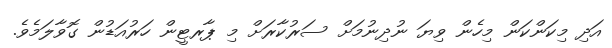
އަދި މިކަންކަން މިހެން ވިޔަ ނުދިނުމަށް ސަރުކާރަށް މި ޕާރޓީން ހަރުއަޑުން ގޮވާލަމެވެ.